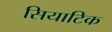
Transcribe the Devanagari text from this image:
सियाटिक